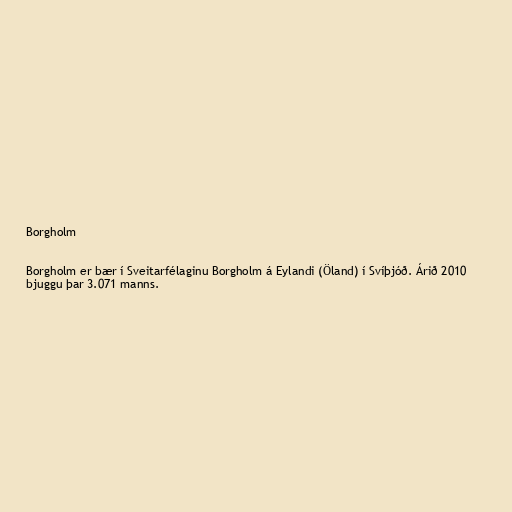
Borgholm

Borgholm er bær í Sveitarfélaginu Borgholm á Eylandi (Öland) í Svíþjóð. Árið 2010
bjuggu þar 3.071 manns.